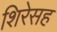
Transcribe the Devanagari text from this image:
शिरेसह